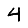
Digit: 4